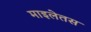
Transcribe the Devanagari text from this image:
माइलेतस